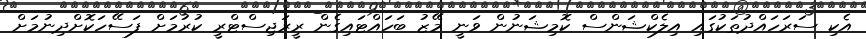
އެކި ސަރަހައްދުތަކުގައި އިލެކްޝަންސް ކޮމިޝަނުން ވަނީ މޭޒު ބަހައްޓައިގެން ރީރަޖިސްޓްރީ ކުރުމަށް ފަސޭހަކޮށްދިނުމަށް